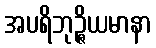
အပရိဘုဉ္ဇိယမာနာ